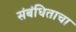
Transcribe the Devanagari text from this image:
संबंधिताचा